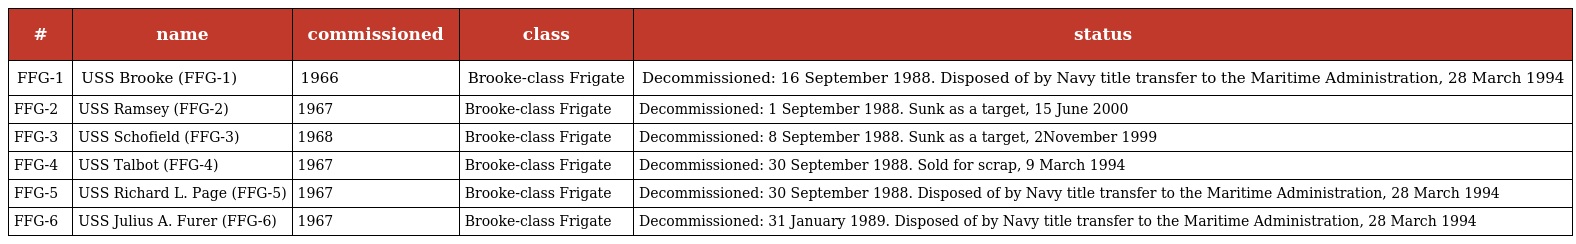
| # | name | commissioned | class | status |
 | --- | --- | --- | --- | --- |
 | FFG-1 | USS Brooke (FFG-1) | 1966 | Brooke-class Frigate | Decommissioned: 16 September 1988. Disposed of by Navy title transfer to the Maritime Administration, 28 March 1994 |
 | FFG-2 | USS Ramsey (FFG-2) | 1967 | Brooke-class Frigate | Decommissioned: 1 September 1988. Sunk as a target, 15 June 2000 |
 | FFG-3 | USS Schofield (FFG-3) | 1968 | Brooke-class Frigate | Decommissioned: 8 September 1988. Sunk as a target, 2November 1999 |
 | FFG-4 | USS Talbot (FFG-4) | 1967 | Brooke-class Frigate | Decommissioned: 30 September 1988. Sold for scrap, 9 March 1994 |
 | FFG-5 | USS Richard L. Page (FFG-5) | 1967 | Brooke-class Frigate | Decommissioned: 30 September 1988. Disposed of by Navy title transfer to the Maritime Administration, 28 March 1994 |
 | FFG-6 | USS Julius A. Furer (FFG-6) | 1967 | Brooke-class Frigate | Decommissioned: 31 January 1989. Disposed of by Navy title transfer to the Maritime Administration, 28 March 1994 |